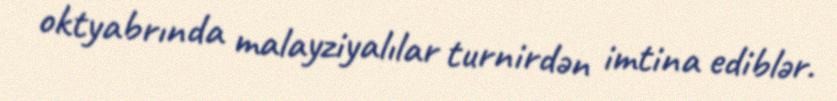
oktyabrında malayziyalılar turnirdən imtina ediblər.